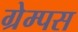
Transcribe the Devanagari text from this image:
ग्रेम्पस